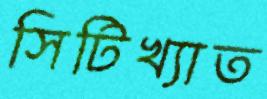
সিটিখ্যাত